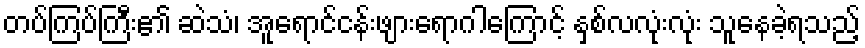
တပ်ကြပ်ကြီး၏ ဆဲသံ၊ အူရောင်ငန်းဖျားရောဂါကြောင့် နှစ်လလုံးလုံး သူနေခဲ့ရသည့်